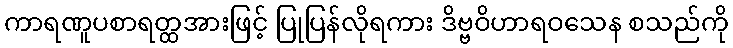
ကာရဏူပစာရတ္ထအားဖြင့် ပြုပြန်လိုရကား ဒိဗ္ဗဝိဟာရဝသေန စသည်ကို